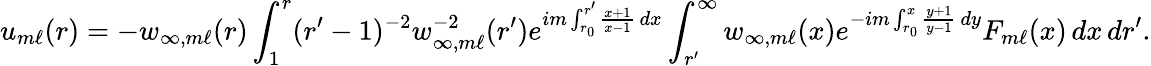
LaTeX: u_{m\ell}(r)=-w_{\infty,m\ell}(r)\int_{1}^{r}(r^{\prime}-1)^{-2}w_{\infty,m\ell}^{-2}(r^{\prime})e^{im\int_{r_{0}}^{r^{\prime}}\frac{x+1}{x-1}\, dx}\int_{r^{\prime}}^{\infty}w_{\infty,m\ell}(x)e^{-im\int_{r_{0}}^{x}\frac{y+1}{y-1}\, dy}F_{m\ell}(x)\, dx\, dr^{\prime}.